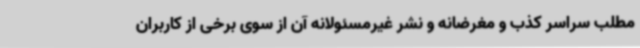
مطلب سراسر کذب و مغرضانه و نشر غیرمسئولانه آن از سوی برخی از کاربران